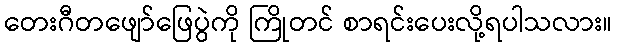
တေးဂီတဖျော်ဖြေပွဲကို ကြိုတင် စာရင်းပေးလို့ရပါသလား။